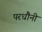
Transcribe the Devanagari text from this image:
परधौनी